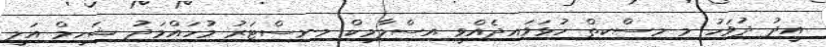
އީދު ދުވަހު މި މިސްކިތް ހުޅަވައިދެއްވީ އިސްލާމިކް މިނިސްޓަރު މުހައްމަދު ޝަހީމް އަލީ